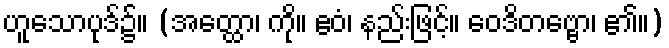
ဟူသောပုဒ်၌။ (အတ္ထော၊ ကို။ ဧဝံ၊ နည်းဖြင့်။ ဝေဒိတဗ္ဗော၊ ၏။)